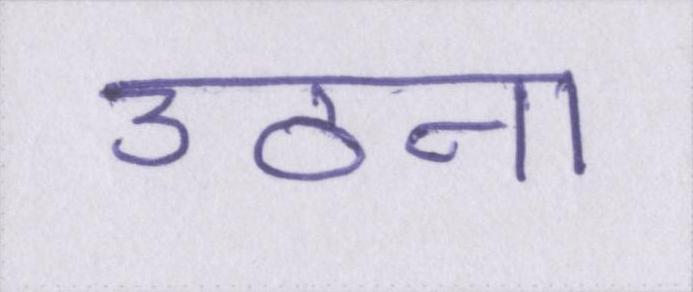
उठना